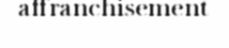
affranchisement